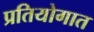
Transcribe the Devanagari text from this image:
प्रतियोगात